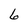
Character: 6